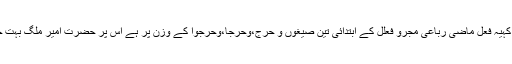
آپ نے بتایا کہیہ فعل ماضی رباعی مجرو فعلل کے ابتدائی تین صیغوں و حرج،وحرجا،وحرجوا کے وزن پر ہے اس پر حضرت امیر ملگ بہت خوش ہوئے ۔